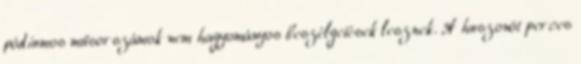
pódiumos műsorszámok nem hagyományos beszélgetések lesznek. A huszonöt perces